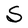
Character: S